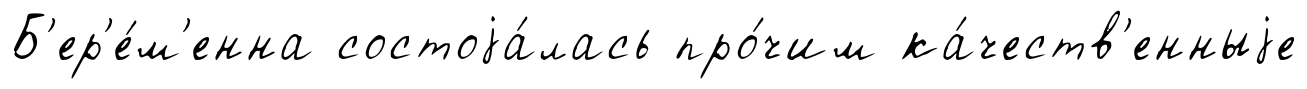
Б'ер'е́м'енна состоjа́лась про́чим ка́честв'енныjе